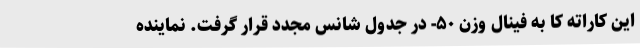
این کاراته کا به فینال وزن ۵۰- در جدول شانس مجدد قرار گرفت. نماینده